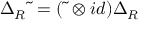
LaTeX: \Delta _ { R } \widetilde { \ } = ( \widetilde { \ } \otimes i d ) \Delta _ { R }